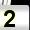
Digit: 2